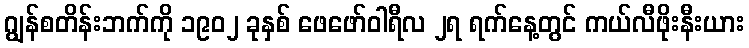
ဂျွန်စတိန်းဘက်ကို ၁၉၀၂ ခုနှစ် ဖေဖော်ဝါရီလ ၂ရ ရက်နေ့တွင် ကယ်လီဖိုးနီးယား